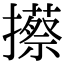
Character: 攃